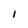
Character: l